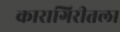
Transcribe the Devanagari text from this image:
कारागिरीतला